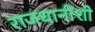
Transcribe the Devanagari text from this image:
राजधानींशी